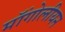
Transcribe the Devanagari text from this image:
मॉंगोलीयन